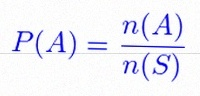
P(A)=\frac{n(A)}{n(S)}